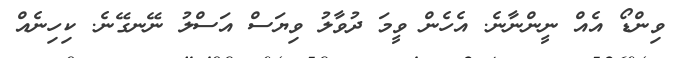
ވިންޑޯ އެއް ނީންނާނެ. އެހެން ވީމަ ދުވާލު ވިޔަސް އަސްލު ނޭނގޭނެ. ކިހިނެއް